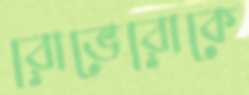
রোভেরোকে